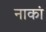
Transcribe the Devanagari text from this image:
नाकां